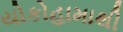
યોકોહામાથી